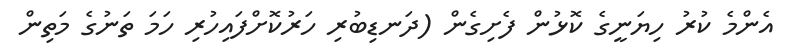
އެންމެ ކުރު ހިޔަނީގެ ކޮޅުން ފެށިގެން (ދަނޑިބުރި ހަރުކޮށްފައިހުރި ހަމަ ތަނުގެ މަތިން